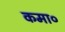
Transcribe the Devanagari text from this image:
कमा०